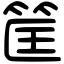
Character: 筐